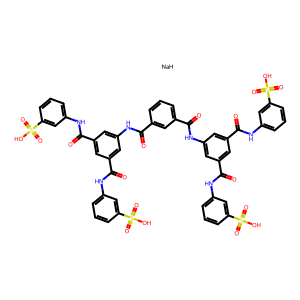
SMILES: O=C(Nc1cc(C(=O)Nc2cccc(S(=O)(=O)O)c2)cc(C(=O)Nc2cccc(S(=O)(=O)O)c2)c1)c1cccc(C(=O)Nc2cc(C(=O)Nc3cccc(S(=O)(=O)O)c3)cc(C(=O)Nc3cccc(S(=O)(=O)O)c3)c2)c1.[NaH]
Inhibits HIV replication: Yes